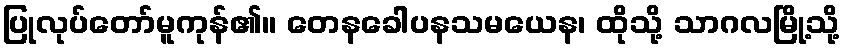
ပြုလုပ်တော်မူကုန်၏။ တေနခေါပနသမယေန၊ ထိုသို့ သာဂလမြို့သို့